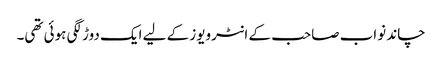
چاند نواب صاحب کے انٹرویوز کے لیے ایک دوڑ لگی ہوئی تھی۔